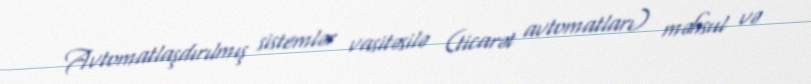
Avtomatlaşdırılmış sistemlər vasitəsilə (ticarət avtomatları) məhsul və